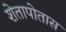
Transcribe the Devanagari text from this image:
शेतापोतास